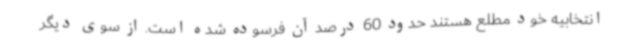
انتخابیه خود مطلع هستند حدود 60 درصد آن فرسوده شده است. از سوی دیگر